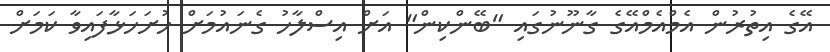
އޭގެ އިތުރުން އެމްއެމްއޭގެ ގާނޫނުގައި "ބޭންކިން" އަށް އިސްލާހު ގެނައުމަށް ހުށަހަޅާފައިވާ ކަމަށް